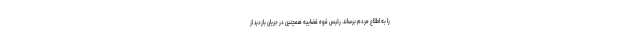
را به اطلاع مردم برساند. رئیس قوه قضاییه همچنین در جریان بازدید از